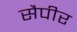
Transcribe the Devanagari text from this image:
सैपीर